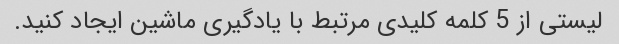
لیستی از 5 کلمه کلیدی مرتبط با یادگیری ماشین ایجاد کنید.